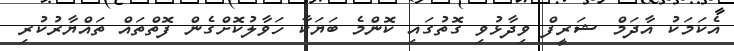
އެކަމަކު އާދަމް ޝަރީފް ވިދާޅުވި ގޮތުގައި ކޮންމެ ބަޔަކާ ހަވާލުކޮށްގެން ފޮތްތައް ތައްޔާރުކުރި